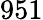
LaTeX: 951